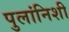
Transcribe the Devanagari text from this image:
पुलांनिशी